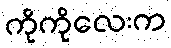
ကိုကိုလေးက